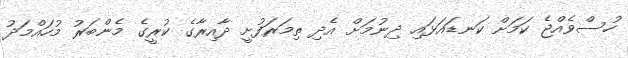
ހުސްވެއްޖެ ކަމަށް ކަނޑައަޅައި ދިނުމަށް އެދި ތިމަރަފުށީ ދާއިރާގެ ކުރީގެ މެންބަރު މުހައްމަދު